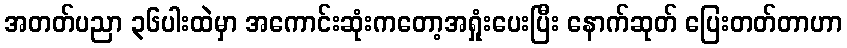
အတတ်ပညာ ၃၆ပါးထဲမှာ အကောင်းဆုံးကတော့အရှုံးပေးပြီး နောက်ဆုတ် ပြေးတတ်တာဟာ